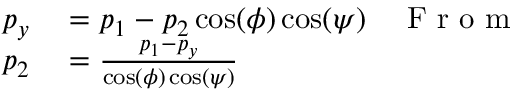
\begin{array} { r l r } { p _ { y } } & { { } = p _ { 1 } - p _ { 2 } \cos ( \phi ) \cos ( \psi ) } & { \mathrm { ~ F ~ r ~ o ~ m ~ } } \\ { p _ { 2 } } & { { } = \frac { p _ { 1 } - p _ { y } } { \cos ( \phi ) \cos ( \psi ) } } & { } \end{array}